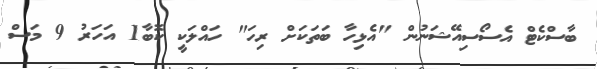
ބާސްކެޓް އެސޯސިއޭޝަނުން "އެޅިހާ ބަތަކަށް ރިހަ" ހައްލަކީ ކޮބާ1 އަހަރު 9 މަސް